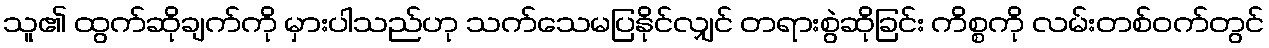
သူ၏ ထွက်ဆိုချက်ကို မှားပါသည်ဟု သက်သေမပြနိုင်လျှင် တရားစွဲဆိုခြင်း ကိစ္စကို လမ်းတစ်ဝက်တွင်